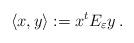
LaTeX: \begin{align*}\left<x,y\right>:=x^tE_\varepsilon y\,.\end{align*}